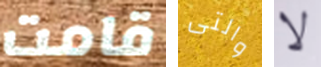
قامت والتى لا